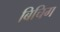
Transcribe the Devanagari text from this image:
बिचिग